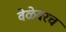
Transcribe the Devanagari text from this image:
वेळेवरच